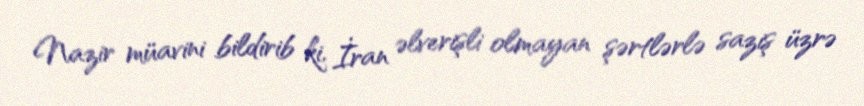
Nazir müavini bildirib ki, İran əlverişli olmayan şərtlərlə saziş üzrə